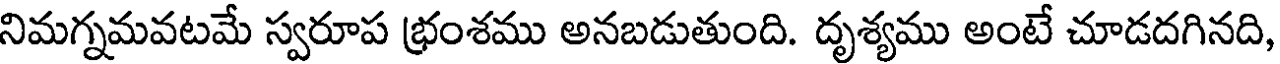
నిమగ్నమవటమే స్వరూప భ్రంశము అనబడుతుంది. దృశ్యము అంటే చూడదగినది,